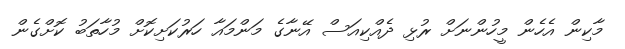
މާކިން އެހެން މީހުންނަށް ރުޅި ދެއްކިއަސް އޭނާގެ މަންމައާ ހަރުކަށިކޮށް މުހާތަބު ކޮށްގެން